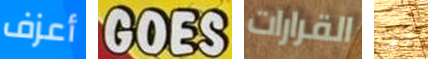
أعزف GOES القرارات البرمجة